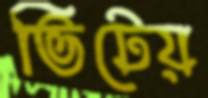
ভিটেয়